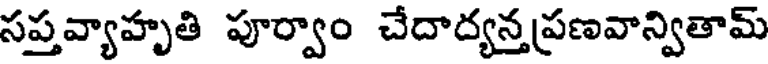
సప్తవ్యాహృతి పూర్వాం చేదాద్యన్తప్రణవాన్వితామ్